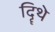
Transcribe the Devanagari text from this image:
दिॄथे